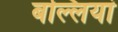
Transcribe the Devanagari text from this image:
बल्लियां